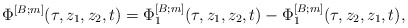
\begin{align*}\Phi^{[B;m]} (\tau, z_1, z_2, t) = \Phi^{[B;m]}_1 (\tau, z_1, z_2, t) - \Phi^{[B;m]}_1 (\tau, z_2, z_1, t),\end{align*}